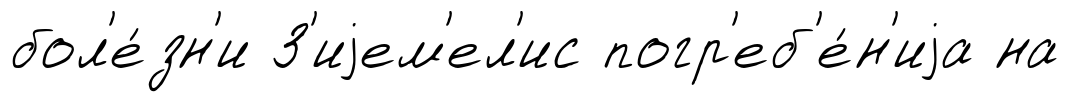
бол'е́зн'и З'иjем'ел'ис погр'еб'е́н'иjа на